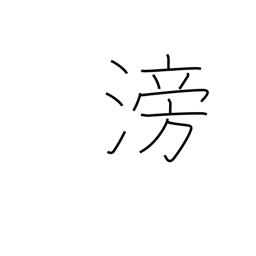
Meaning: flowing